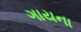
ગાયના